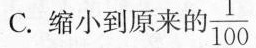
C.缩小到原来的 $$\frac{1}{100}$$